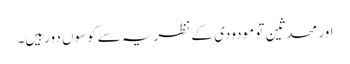
اور محدثین تو مودودی کے نظریہ سے کوسوں دورہیں۔